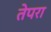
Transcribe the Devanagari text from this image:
तेपरा